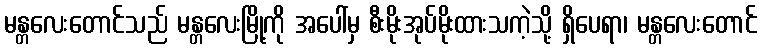
မန္တလေးတောင်သည် မန္တလေးမြို့ကို အပေါ်မှ စီးမိုးအုပ်မိုးထားသကဲ့သို့ ရှိပေရာ၊ မန္တလေးတောင်